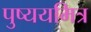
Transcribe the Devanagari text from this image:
पुष्ययमित्र